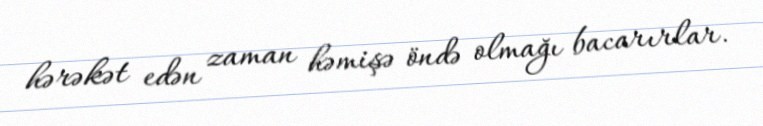
hərəkət edən zaman həmişə öndə olmağı bacarırlar.